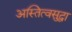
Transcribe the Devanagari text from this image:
अस्तित्वसुद्धा